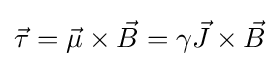
{\vec {\tau }}={\vec {\mu }}\times {\vec {B}}=\gamma {\vec {J}}\times {\vec {B}}